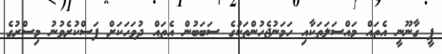
ޕީ ގާނޫނީ އެތައް މައްސަލަތަކާއި ހަމަނުޖެހުންތަކުގެ ސަބަބުން އެތައް ދުވަހަކަށް ފަސްކުރެވުނު މިސްރުގެ